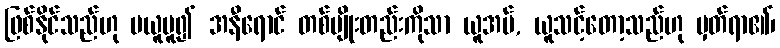
ဖြစ်နိုင်သည်ဟု မယူမူ၍ အနီရောင် တစ်မျိုးတည်းကိုသာ ယူအပ်, ယူသင့်တော့သည်ဟု မှတ်ရာ၏၊